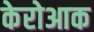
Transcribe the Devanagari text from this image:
केरोआक